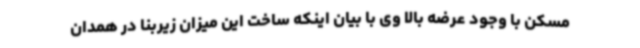
مسکن با وجود عرضه بالا وی با بیان اینکه ساخت این میزان زیربنا در همدان